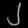
Digit: ၂